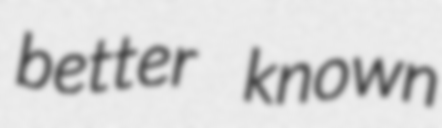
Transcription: better known